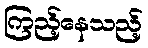
ကြည့်နေသည့်